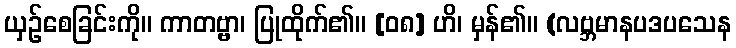
ယှဉ်စေခြင်းကို။ ကာတဗ္ဗာ၊ ပြုထိုက်၏။ [၀၈] ဟိ၊ မှန်၏။ (လဗ္ဘမာနပဒပသေန